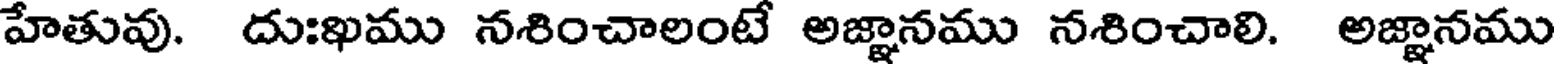
హేతువు. దుఃఖము నశించాలంటే అజ్ఞానము నశించాలి. అజ్ఞానము